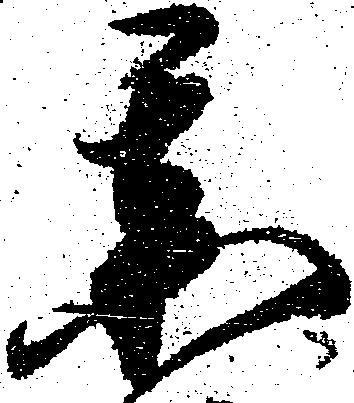
某